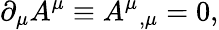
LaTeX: \partial_{\mu}A^{\mu}\equiv A^{\mu}{}_{,\mu}=0,